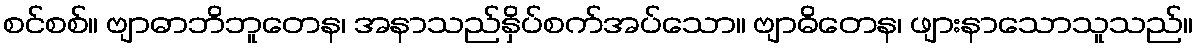
စင်စစ်။ ဗျာဓာဘိဘူတေန၊ အနာသည်နှိပ်စက်အပ်သော။ ဗျာဓိတေန၊ ဖျားနာသောသူသည်။